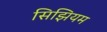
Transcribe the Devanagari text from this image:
सिझियम